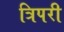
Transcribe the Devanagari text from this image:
त्रिपरी